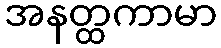
အနတ္ထကာမာ